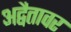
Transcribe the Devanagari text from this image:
अद्वैतावर